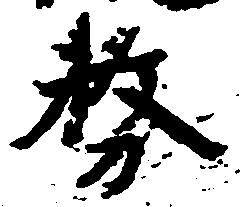
務